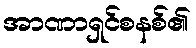
အာဏာရှင်စနစ်၏